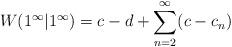
LaTeX: \begin{align*}W(1^\infty | 1^\infty) = c-d + \sum_{n=2}^{\infty} (c - c_n) \end{align*}